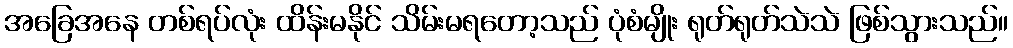
အခြေအနေ တစ်ရပ်လုံး ထိန်းမနိုင် သိမ်းမရတော့သည် ပုံစံမျိုး ရုတ်ရုတ်သဲသဲ ဖြစ်သွားသည်။